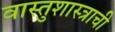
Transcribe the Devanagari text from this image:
वास्तुशास्त्राची